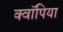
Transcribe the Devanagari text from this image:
क्वॉपिया